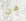
من